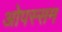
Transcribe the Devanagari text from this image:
ओपस्सम